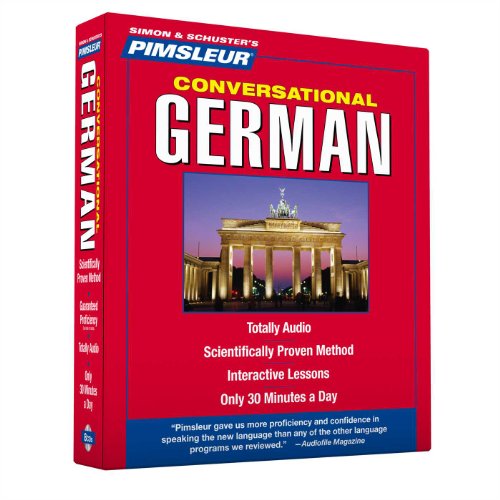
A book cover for Pimsleur German Conversational Course - Level 1 Lessons 1-16 CD: Learn to Speak and Understand German with Pimsleur Language Programs; Pimsleur; Reference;